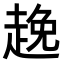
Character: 𮚻